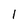
Character: 1